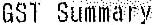
GST SUMMARY